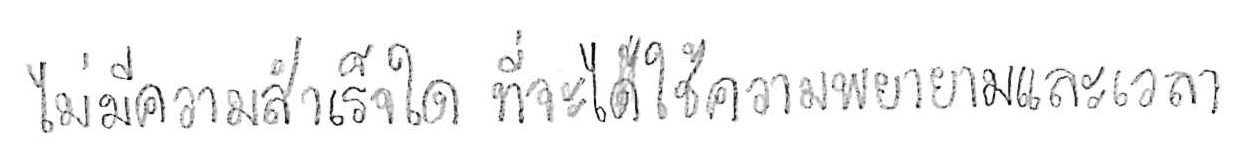
ไม่มีความสำเร็จใด ที่จะไม่ใช้ความพยายามและเวลา